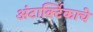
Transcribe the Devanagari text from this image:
अंटार्क्टिकाचे